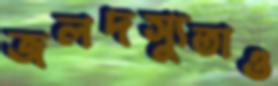
জলদস্যুতাও